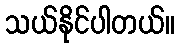
သယ်နိုင်ပါတယ်။